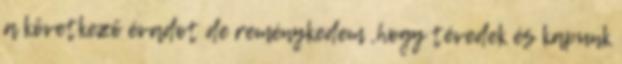
a következő évadot de reménykedem ,hogy tévedek és kapunk